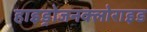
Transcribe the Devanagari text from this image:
हाइड्रोजनक्लोराइड